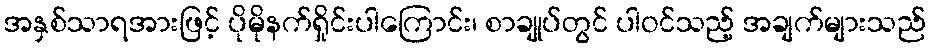
အနှစ်သာရအားဖြင့် ပိုမိုနက်ရှိုင်းပါကြောင်း၊ စာချုပ်တွင် ပါဝင်သည့် အချက်များသည်